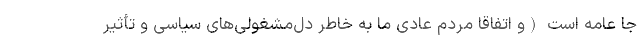
جا عامه است (و اتفاقا مردم عادی ما به خاطر دل‌مشغولی‌های سیاسی و تأثیر